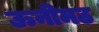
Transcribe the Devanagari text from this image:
ऊनीमठ